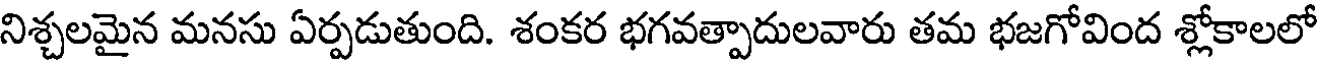
నిశ్చలమైన మనసు ఏర్పడుతుంది. శంకర భగవత్పాదులవారు తమ భజగోవింద శ్లోకాలలో